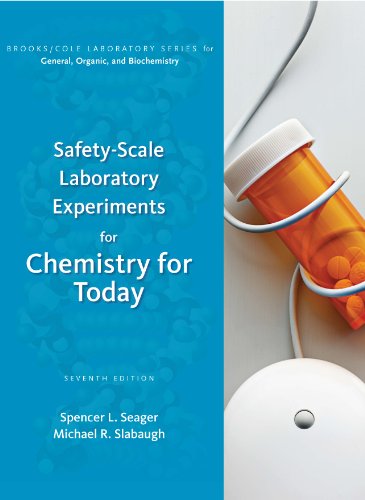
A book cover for Safety-Scale Laboratory Experiments for Chemistry for Today (Brooks/Cole Laboratory Series for General, Organic, and Biochemistry); Spencer L. Seager; Science & Math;